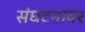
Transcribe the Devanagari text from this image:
संघटनावर